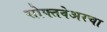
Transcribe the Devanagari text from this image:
सोफ्तवेअरचा